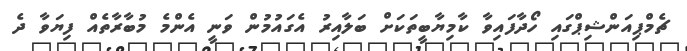
ޗެމްޕިއަންޝިޕްގައި ހޯދާފައިވާ ކާމިޔާބީތަކަށް ބަލާއިރު އެގައުމުން ވަނީ އެންމެ މުބާރާތެއް ފިޔަވާ ދެ